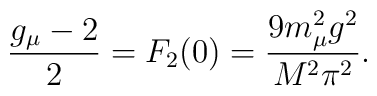
\frac{g_\mu - 2}{2} = F_2(0) = \frac{9 m_{\mu}^2 g^2}{M^2 \pi^2}.